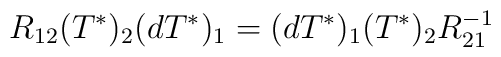
R_{12}(T^{*})_{2}(dT^{*})_{1}=(dT^{*})_{1}(T^{*})_{2}R_{21}^{-1}